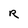
Character: R